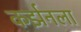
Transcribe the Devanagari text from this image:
कर्झनला